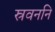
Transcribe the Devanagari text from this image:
स्रवननि